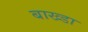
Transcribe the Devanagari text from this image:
बाख्डा